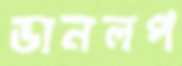
ডানলপ